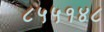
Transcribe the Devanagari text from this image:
८५५१४८